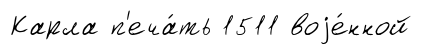
Карла п'еча́ть 1511 воjе́нной